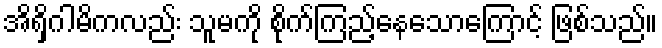
အိရှိဂါမိကလည်း သူမကို စိုက်ကြည့်နေသောကြောင့် ဖြစ်သည်။